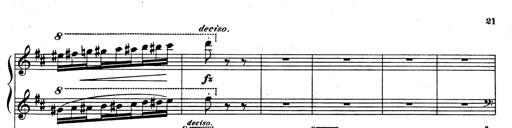
Title: Rhapsodie espagnole
Composer: Franz Liszt